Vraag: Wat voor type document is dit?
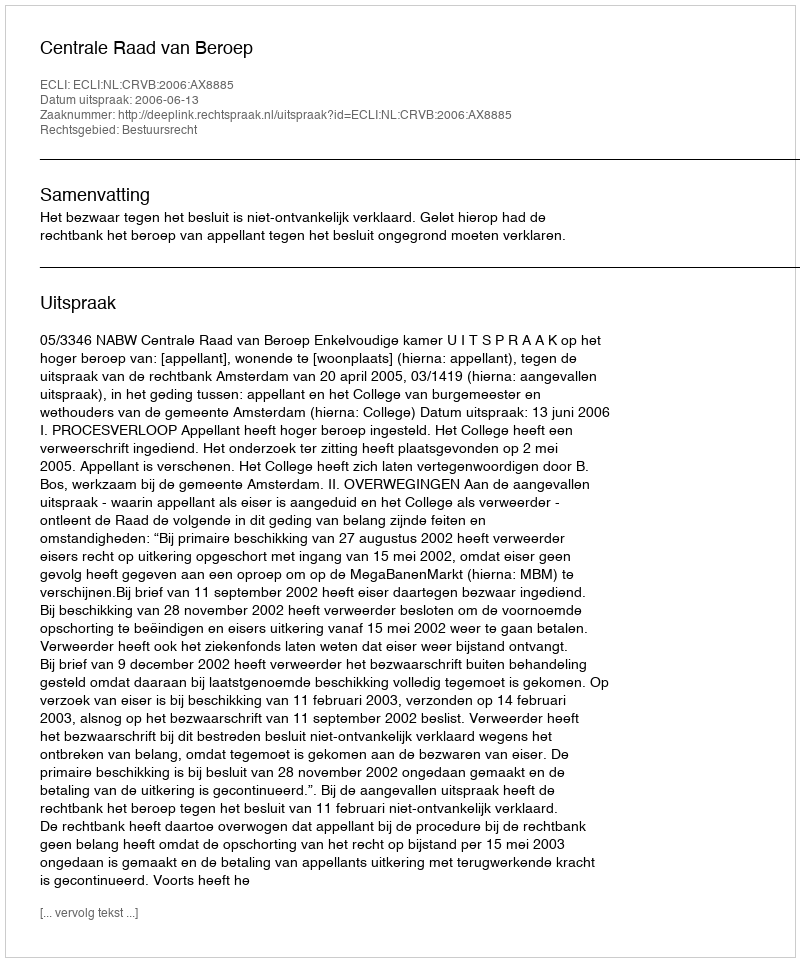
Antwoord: Uitspraak